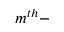
m ^ { t h } -